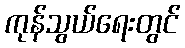
ကုန်သွယ်ရေးတွင်